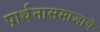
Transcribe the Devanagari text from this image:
प्रार्थनासमाजाचे